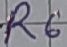
Text: R6